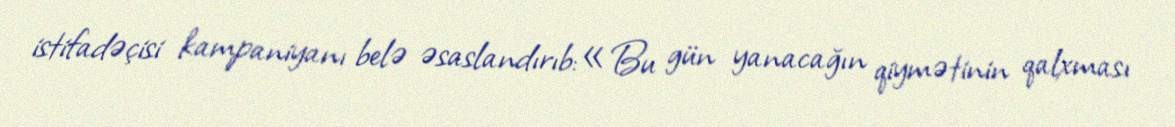
istifadəçisi kampaniyanı belə əsaslandırıb:«Bu gün yanacağın qiymətinin qalxması